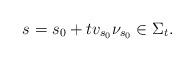
LaTeX: \begin{align*}s = s_0 + t v_{s_0}\nu_{s_0} \in \Sigma_t.\end{align*}